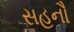
સહનૌ